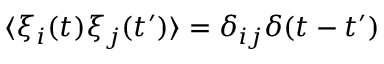
\langle \xi _ { i } ( t ) \xi _ { j } ( t ^ { \prime } ) \rangle = \delta _ { i j } \delta ( t - t ^ { \prime } )